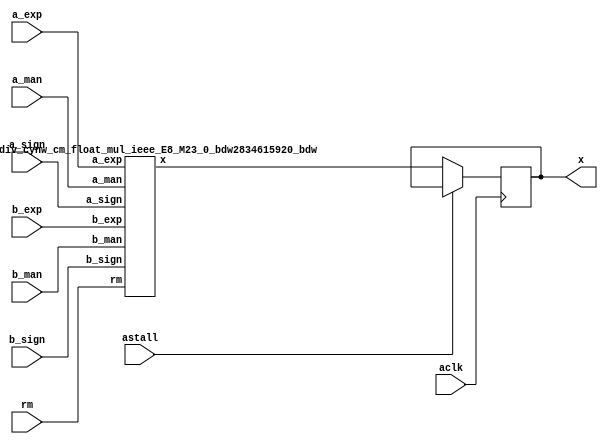
module float_div_cynw_cm_float_mul_ieee_E8_M23_1_0( a_sign, a_exp, a_man, b_sign, b_exp, b_man, rm, x, aclk, astall );
input a_sign;
input [7:0] a_exp;
input [22:0] a_man;
input b_sign;
input [7:0] b_exp;
input [22:0] b_man;
input [2:0] rm;
output [31:0] x;
wire[31:0] x_wire;
input aclk;
input astall;
float_div_cynw_cm_float_mul_ieee_E8_M23_0_bdw2834615920_bdw float_div_cynw_cm_float_mul_ieee_E8_M23_0_inst( .a_sign(a_sign), .a_exp(a_exp), .a_man(a_man), .b_sign(b_sign), .b_exp(b_exp), .b_man(b_man), .rm(rm), .x(x_wire));
reg [31:0] x_reg_0;
/* $A : movable_reg */
always @(posedge aclk) begin
    if ( !astall) x_reg_0 <= x_wire;
end
/* $A : movable_reg = reset */
assign x = x_reg_0;
endmodule
/*****************************************************************************
    Verilog Hierarchical RTL Description
    
    
    Created by: CellMath Designer 2019.1.01 
*******************************************************************************/

module float_div_cynw_cm_float_mul_ieee_E8_M23_0_bdw2834615920_bdw (
	a_sign,
	a_exp,
	a_man,
	b_sign,
	b_exp,
	b_man,
	rm,
	x
	); /* architecture "behavioural" */ 
input  a_sign;
input [7:0] a_exp;
input [22:0] a_man;
input  b_sign;
input [7:0] b_exp;
input [22:0] b_man;
input [2:0] rm;
output [31:0] x;
wire [31:0] inst_cellmath__3;
wire  inst_cellmath__4,
	inst_cellmath__5,
	inst_cellmath__6,
	inst_cellmath__7,
	inst_cellmath__8,
	inst_cellmath__10,
	inst_cellmath__12,
	inst_cellmath__13,
	inst_cellmath__14,
	inst_cellmath__15,
	inst_cellmath__17,
	inst_cellmath__19,
	inst_cellmath__20,
	inst_cellmath__21,
	inst_cellmath__22,
	inst_cellmath__23;
wire [47:0] inst_cellmath__24,
	inst_cellmath__25;
wire  inst_cellmath__26,
	inst_cellmath__27,
	inst_cellmath__28;
wire [9:0] inst_cellmath__30,
	inst_cellmath__31;
wire  inst_cellmath__32,
	inst_cellmath__34,
	inst_cellmath__38,
	inst_cellmath__41,
	inst_cellmath__42,
	inst_cellmath__44;
wire [24:0] inst_cellmath__45;
wire  inst_cellmath__46,
	inst_cellmath__47;
wire [9:0] inst_cellmath__48;
wire  inst_cellmath__49,
	inst_cellmath__51;
wire [7:0] inst_cellmath__52;
wire [22:0] inst_cellmath__53;
wire [23:0] inst_cellmath__24__4,
	inst_cellmath__24__5;
wire [47:0] inst_cellmath__25__7;
wire [0:0] inst_cellmath__26__8,
	inst_cellmath__26__9,
	inst_cellmath__32__11,
	inst_cellmath__44__29,
	inst_cellmath__44__28,
	inst_cellmath__44__30,
	inst_cellmath__44__31,
	inst_cellmath__44__27,
	inst_cellmath__44__26,
	inst_cellmath__44__33,
	inst_cellmath__44__32;
wire [8:0] inst_cellmath__37__40;
wire [0:0] inst_cellmath__37__42,
	inst_cellmath__37__43,
	inst_cellmath__51__49,
	inst_cellmath__51__48,
	inst_cellmath__50__50;
wire [2:0] inst_cellmath__26_0;
wire [1:0] inst_cellmath__5_0;
wire [2:0] inst_cellmath__49_0;
wire [4:0] inst_cellmath__49_1_0;
wire [2:0] inst_cellmath__49_1_1;

assign inst_cellmath__24__4 = {1'B1,a_man};
cynw_cm_float_mul_ieee_inst_cellmath__17_0_bdw2834615920_bdw inst_cellmath__17_0_0(
	.inst_cellmath__17_0_out0(inst_cellmath__17),
	.inst_cellmath__17_0_in0(b_exp)
	) ;
cynw_cm_float_mul_ieee_inst_cellmath__19__2__bdw2834615920_bdw inst_cellmath__19__2__0(
	.inst_cellmath__19__2__out0(inst_cellmath__19),
	.inst_cellmath__19__2__in0(b_man)
	) ;
cynw_cm_float_mul_ieee_inst_cellmath__21_0_bdw2834615920_bdw inst_cellmath__21_0_0(
	.inst_cellmath__21_0_out0(inst_cellmath__21),
	.inst_cellmath__21_0_in0(inst_cellmath__19),
	.inst_cellmath__21_0_in1(inst_cellmath__17)
	) ;
cynw_cm_float_mul_ieee_inst_cellmath__13__1__bdw2834615920_bdw inst_cellmath__13__1__0(
	.inst_cellmath__13__1__out0(inst_cellmath__13),
	.inst_cellmath__13__1__in0(a_exp)
	) ;
cynw_cm_float_mul_ieee_inst_cellmath__26__9__bdw2834615920_bdw inst_cellmath__26__9__0(
	.inst_cellmath__26__9__out0(inst_cellmath__26__9),
	.inst_cellmath__26__9__in0(inst_cellmath__21),
	.inst_cellmath__26__9__in1(inst_cellmath__13)
	) ;
cynw_cm_float_mul_ieee_inst_cellmath__10_0_bdw2834615920_bdw inst_cellmath__10_0_0(
	.inst_cellmath__10_0_out0(inst_cellmath__10),
	.inst_cellmath__10_0_in0(a_exp)
	) ;
cynw_cm_float_mul_ieee_inst_cellmath__12__0__bdw2834615920_bdw inst_cellmath__12__0__0(
	.inst_cellmath__12__0__out0(inst_cellmath__12),
	.inst_cellmath__12__0__in0(a_man)
	) ;
cynw_cm_float_mul_ieee_inst_cellmath__14_0_bdw2834615920_bdw inst_cellmath__14_0_0(
	.inst_cellmath__14_0_out0(inst_cellmath__14),
	.inst_cellmath__14_0_in0(inst_cellmath__12),
	.inst_cellmath__14_0_in1(inst_cellmath__10)
	) ;
cynw_cm_float_mul_ieee_inst_cellmath__20__3__bdw2834615920_bdw inst_cellmath__20__3__0(
	.inst_cellmath__20__3__out0(inst_cellmath__20),
	.inst_cellmath__20__3__in0(b_exp)
	) ;
cynw_cm_float_mul_ieee_inst_cellmath__26__8__bdw2834615920_bdw inst_cellmath__26__8__0(
	.inst_cellmath__26__8__out0(inst_cellmath__26__8),
	.inst_cellmath__26__8__in0(inst_cellmath__20),
	.inst_cellmath__26__8__in1(inst_cellmath__14)
	) ;
cynw_cm_float_mul_ieee_inst_cellmath__15_0_bdw2834615920_bdw inst_cellmath__15_0_0(
	.inst_cellmath__15_0_out0(inst_cellmath__15),
	.inst_cellmath__15_0_in0(inst_cellmath__12),
	.inst_cellmath__15_0_in1(inst_cellmath__10)
	) ;
cynw_cm_float_mul_ieee_inst_cellmath__22_0_bdw2834615920_bdw inst_cellmath__22_0_0(
	.inst_cellmath__22_0_out0(inst_cellmath__22),
	.inst_cellmath__22_0_in0(inst_cellmath__19),
	.inst_cellmath__22_0_in1(inst_cellmath__17)
	) ;
cynw_cm_float_mul_ieee_inst_cellmath__26_1_bdw2834615920_bdw inst_cellmath__26_1_0(
	.inst_cellmath__26_1_out0(inst_cellmath__26),
	.inst_cellmath__26_1_in0(inst_cellmath__26__9),
	.inst_cellmath__26_1_in1(inst_cellmath__26__8),
	.inst_cellmath__26_1_in2(inst_cellmath__22),
	.inst_cellmath__26_1_in3(inst_cellmath__15)
	) ;

assign inst_cellmath__26_0 = {inst_cellmath__26,inst_cellmath__15,inst_cellmath__22};
cynw_cm_float_mul_ieee_inst_cellmath__23_0_bdw2834615920_bdw inst_cellmath__23_0_0(
	.inst_cellmath__23_0_out0(inst_cellmath__23),
	.inst_cellmath__23_0_in0(b_sign),
	.inst_cellmath__23_0_in1(a_sign)
	) ;
cynw_cm_float_mul_ieee_inst_cellmath__41_0_bdw2834615920_bdw inst_cellmath__41_0_0(
	.inst_cellmath__41_0_out0(inst_cellmath__41),
	.inst_cellmath__41_0_in0(inst_cellmath__26),
	.inst_cellmath__41_0_in1(inst_cellmath__23),
	.inst_cellmath__41_0_in2(inst_cellmath__22),
	.inst_cellmath__41_0_in3(inst_cellmath__15),
	.inst_cellmath__41_0_in4(b_sign),
	.inst_cellmath__41_0_in5(a_sign)
	) ;

assign inst_cellmath__24__5 = {1'B1,b_man};
cynw_cm_float_mul_ieee_inst_cellmath__24_0_bdw2834615920_bdw inst_cellmath__24_0_0(
	.inst_cellmath__24_0_out0(inst_cellmath__24),
	.inst_cellmath__24_0_in0(b_man),
	.inst_cellmath__24_0_in1(a_man)
	) ;

assign inst_cellmath__25__7 = {inst_cellmath__24[46:0],1'B0};
cynw_cm_float_mul_ieee_inst_cellmath__25_0_bdw2834615920_bdw inst_cellmath__25_0_0(
	.inst_cellmath__25_0_out0(inst_cellmath__25),
	.inst_cellmath__25_0_in0(inst_cellmath__24)
	) ;
cynw_cm_float_mul_ieee_inst_cellmath__45_0_bdw2834615920_bdw inst_cellmath__45_0_0(
	.inst_cellmath__45_0_out0(inst_cellmath__45),
	.inst_cellmath__45_0_in0(inst_cellmath__25[47:24])
	) ;
cynw_cm_float_mul_ieee_inst_cellmath__5_1_bdw2834615920_bdw inst_cellmath__5_1_0(
	.inst_cellmath__5_1_out0(inst_cellmath__5),
	.inst_cellmath__5_1_in0(rm)
	) ;
cynw_cm_float_mul_ieee_inst_cellmath__44__31__bdw2834615920_bdw inst_cellmath__44__31__0(
	.inst_cellmath__44__31__out0(inst_cellmath__44__31),
	.inst_cellmath__44__31__in0(inst_cellmath__5),
	.inst_cellmath__44__31__in1(inst_cellmath__23)
	) ;
cynw_cm_float_mul_ieee_inst_cellmath__6_0_bdw2834615920_bdw inst_cellmath__6_0_0(
	.inst_cellmath__6_0_out0(inst_cellmath__6),
	.inst_cellmath__6_0_in0(rm)
	) ;
cynw_cm_float_mul_ieee_inst_cellmath__44__30__bdw2834615920_bdw inst_cellmath__44__30__0(
	.inst_cellmath__44__30__out0(inst_cellmath__44__30),
	.inst_cellmath__44__30__in0(inst_cellmath__6),
	.inst_cellmath__44__30__in1(inst_cellmath__23)
	) ;
cynw_cm_float_mul_ieee_inst_cellmath__8_0_bdw2834615920_bdw inst_cellmath__8_0_0(
	.inst_cellmath__8_0_out0(inst_cellmath__8),
	.inst_cellmath__8_0_in0(rm)
	) ;
cynw_cm_float_mul_ieee_inst_cellmath__4_0_bdw2834615920_bdw inst_cellmath__4_0_0(
	.inst_cellmath__4_0_out0(inst_cellmath__4),
	.inst_cellmath__4_0_in0(rm)
	) ;
cynw_cm_float_mul_ieee_inst_cellmath__34_0_bdw2834615920_bdw inst_cellmath__34_0_0(
	.inst_cellmath__34_0_out0(inst_cellmath__34),
	.inst_cellmath__34_0_in0(inst_cellmath__25[22:0])
	) ;
cynw_cm_float_mul_ieee_inst_cellmath__44__29__bdw2834615920_bdw inst_cellmath__44__29__0(
	.inst_cellmath__44__29__out0(inst_cellmath__44__29),
	.inst_cellmath__44__29__in0(inst_cellmath__34),
	.inst_cellmath__44__29__in1(inst_cellmath__25[24])
	) ;
cynw_cm_float_mul_ieee_inst_cellmath__44__28__bdw2834615920_bdw inst_cellmath__44__28__0(
	.inst_cellmath__44__28__out0(inst_cellmath__44__28),
	.inst_cellmath__44__28__in0(inst_cellmath__44__29),
	.inst_cellmath__44__28__in1(inst_cellmath__4)
	) ;
cynw_cm_float_mul_ieee_inst_cellmath__44__27__bdw2834615920_bdw inst_cellmath__44__27__0(
	.inst_cellmath__44__27__out0(inst_cellmath__44__27),
	.inst_cellmath__44__27__in0(inst_cellmath__8),
	.inst_cellmath__44__27__in1(inst_cellmath__44__31),
	.inst_cellmath__44__27__in2(inst_cellmath__44__30),
	.inst_cellmath__44__27__in3(inst_cellmath__44__28)
	) ;
cynw_cm_float_mul_ieee_inst_cellmath__44__26__bdw2834615920_bdw inst_cellmath__44__26__0(
	.inst_cellmath__44__26__out0(inst_cellmath__44__26),
	.inst_cellmath__44__26__in0(inst_cellmath__44__27),
	.inst_cellmath__44__26__in1(inst_cellmath__25[23])
	) ;
cynw_cm_float_mul_ieee_inst_cellmath__44__33__bdw2834615920_bdw inst_cellmath__44__33__0(
	.inst_cellmath__44__33__out0(inst_cellmath__44__33),
	.inst_cellmath__44__33__in0(inst_cellmath__44__31),
	.inst_cellmath__44__33__in1(inst_cellmath__44__30)
	) ;
cynw_cm_float_mul_ieee_inst_cellmath__44__32__bdw2834615920_bdw inst_cellmath__44__32__0(
	.inst_cellmath__44__32__out0(inst_cellmath__44__32),
	.inst_cellmath__44__32__in0(inst_cellmath__44__33),
	.inst_cellmath__44__32__in1(inst_cellmath__34)
	) ;
cynw_cm_float_mul_ieee_inst_cellmath__44_0_bdw2834615920_bdw inst_cellmath__44_0_0(
	.inst_cellmath__44_0_out0(inst_cellmath__44),
	.inst_cellmath__44_0_in0(inst_cellmath__44__32),
	.inst_cellmath__44_0_in1(inst_cellmath__44__26)
	) ;
cynw_cm_float_mul_ieee_inst_cellmath__46_0_bdw2834615920_bdw inst_cellmath__46_0_0(
	.inst_cellmath__46_0_out0(inst_cellmath__46),
	.inst_cellmath__46_0_in0(inst_cellmath__45[24]),
	.inst_cellmath__46_0_in1(inst_cellmath__44)
	) ;
cynw_cm_float_mul_ieee_inst_cellmath__38_0_bdw2834615920_bdw inst_cellmath__38_0_0(
	.inst_cellmath__38_0_out0(inst_cellmath__38),
	.inst_cellmath__38_0_in0(inst_cellmath__46),
	.inst_cellmath__38_0_in1(inst_cellmath__24[47])
	) ;
cynw_cm_float_mul_ieee_inst_cellmath__30_0_bdw2834615920_bdw inst_cellmath__30_0_0(
	.inst_cellmath__30_0_out0(inst_cellmath__30),
	.inst_cellmath__30_0_in0(b_exp),
	.inst_cellmath__30_0_in1(a_exp)
	) ;
cynw_cm_float_mul_ieee_inst_cellmath__31_0_bdw2834615920_bdw inst_cellmath__31_0_0(
	.inst_cellmath__31_0_out0(inst_cellmath__31),
	.inst_cellmath__31_0_in0(inst_cellmath__30)
	) ;
cynw_cm_float_mul_ieee_inst_cellmath__48_0_bdw2834615920_bdw inst_cellmath__48_0_0(
	.inst_cellmath__48_0_out0(inst_cellmath__48),
	.inst_cellmath__48_0_in0(inst_cellmath__38),
	.inst_cellmath__48_0_in1(inst_cellmath__31),
	.inst_cellmath__48_0_in2(inst_cellmath__30)
	) ;
cynw_cm_float_mul_ieee_inst_cellmath__51__49__bdw2834615920_bdw inst_cellmath__51__49__0(
	.inst_cellmath__51__49__out0(inst_cellmath__51__49),
	.inst_cellmath__51__49__in0(inst_cellmath__48[7:0])
	) ;
cynw_cm_float_mul_ieee_inst_cellmath__51__48__bdw2834615920_bdw inst_cellmath__51__48__0(
	.inst_cellmath__51__48__out0(inst_cellmath__51__48),
	.inst_cellmath__51__48__in0(inst_cellmath__51__49),
	.inst_cellmath__51__48__in1(inst_cellmath__48[8])
	) ;
cynw_cm_float_mul_ieee_inst_cellmath__51_0_bdw2834615920_bdw inst_cellmath__51_0_0(
	.inst_cellmath__51_0_out0(inst_cellmath__51),
	.inst_cellmath__51_0_in0(inst_cellmath__51__48),
	.inst_cellmath__51_0_in1(inst_cellmath__48[9])
	) ;
cynw_cm_float_mul_ieee_inst_cellmath__28_0_bdw2834615920_bdw inst_cellmath__28_0_0(
	.inst_cellmath__28_0_out0(inst_cellmath__28),
	.inst_cellmath__28_0_in0(inst_cellmath__20),
	.inst_cellmath__28_0_in1(inst_cellmath__13)
	) ;
cynw_cm_float_mul_ieee_inst_cellmath__27_0_bdw2834615920_bdw inst_cellmath__27_0_0(
	.inst_cellmath__27_0_out0(inst_cellmath__27),
	.inst_cellmath__27_0_in0(inst_cellmath__21),
	.inst_cellmath__27_0_in1(inst_cellmath__14)
	) ;
cynw_cm_float_mul_ieee_inst_cellmath__50__50__bdw2834615920_bdw inst_cellmath__50__50__0(
	.inst_cellmath__50__50__out0(inst_cellmath__50__50),
	.inst_cellmath__50__50__in0(inst_cellmath__48)
	) ;
cynw_cm_float_mul_ieee_inst_cellmath__49_1_bdw2834615920_bdw inst_cellmath__49_1_2(
	.inst_cellmath__49_1_out0(inst_cellmath__49),
	.inst_cellmath__49_1_in0(inst_cellmath__51),
	.inst_cellmath__49_1_in1(inst_cellmath__50__50),
	.inst_cellmath__49_1_in2(inst_cellmath__48[9]),
	.inst_cellmath__49_1_in3(inst_cellmath__28),
	.inst_cellmath__49_1_in4(inst_cellmath__27),
	.inst_cellmath__49_1_in5(inst_cellmath__26)
	) ;
cynw_cm_float_mul_ieee_inst_cellmath__37__43__bdw2834615920_bdw inst_cellmath__37__43__0(
	.inst_cellmath__37__43__out0(inst_cellmath__37__43),
	.inst_cellmath__37__43__in0(inst_cellmath__27),
	.inst_cellmath__37__43__in1(inst_cellmath__26)
	) ;
cynw_cm_float_mul_ieee_inst_cellmath__32__11__bdw2834615920_bdw inst_cellmath__32__11__0(
	.inst_cellmath__32__11__out0(inst_cellmath__32__11),
	.inst_cellmath__32__11__in0(inst_cellmath__30[8:7])
	) ;
cynw_cm_float_mul_ieee_inst_cellmath__32__10__bdw2834615920_bdw inst_cellmath__32__10__0(
	.inst_cellmath__32__10__out0(inst_cellmath__32),
	.inst_cellmath__32__10__in0(inst_cellmath__32__11),
	.inst_cellmath__32__10__in1(inst_cellmath__30[9])
	) ;
cynw_cm_float_mul_ieee_inst_cellmath__37__42__bdw2834615920_bdw inst_cellmath__37__42__0(
	.inst_cellmath__37__42__out0(inst_cellmath__37__42),
	.inst_cellmath__37__42__in0(inst_cellmath__32),
	.inst_cellmath__37__42__in1(inst_cellmath__28)
	) ;

assign inst_cellmath__49_0 = {inst_cellmath__49,inst_cellmath__37__43,inst_cellmath__37__42};

assign inst_cellmath__5_0 = {inst_cellmath__5,inst_cellmath__6};
cynw_cm_float_mul_ieee_inst_cellmath__7_0_bdw2834615920_bdw inst_cellmath__7_0_0(
	.inst_cellmath__7_0_out0(inst_cellmath__7),
	.inst_cellmath__7_0_in0(rm)
	) ;
cynw_cm_float_mul_ieee_inst_cellmath__42_0_bdw2834615920_bdw inst_cellmath__42_0_0(
	.inst_cellmath__42_0_out0(inst_cellmath__42),
	.inst_cellmath__42_0_in0(inst_cellmath__7),
	.inst_cellmath__42_0_in1(inst_cellmath__6),
	.inst_cellmath__42_0_in2(inst_cellmath__5),
	.inst_cellmath__42_0_in3(inst_cellmath__23)
	) ;

assign inst_cellmath__37__40[7:0] = {7'B1111111,inst_cellmath__42};
cynw_cm_float_mul_ieee_inst_cellmath__52_0_bdw2834615920_bdw inst_cellmath__52_0_0(
	.inst_cellmath__52_0_out0(inst_cellmath__52),
	.inst_cellmath__52_0_in0(inst_cellmath__49),
	.inst_cellmath__52_0_in1(inst_cellmath__48[7:0]),
	.inst_cellmath__52_0_in2(inst_cellmath__42),
	.inst_cellmath__52_0_in3(inst_cellmath__37__43),
	.inst_cellmath__52_0_in4(inst_cellmath__37__42)
	) ;

assign inst_cellmath__49_1_1 = {inst_cellmath__49,inst_cellmath__44,inst_cellmath__26};
cynw_cm_float_mul_ieee_inst_cellmath__47_0_bdw2834615920_bdw inst_cellmath__47_0_0(
	.inst_cellmath__47_0_out0(inst_cellmath__47),
	.inst_cellmath__47_0_in0(inst_cellmath__42),
	.inst_cellmath__47_0_in1(inst_cellmath__32),
	.inst_cellmath__47_0_in2(inst_cellmath__28),
	.inst_cellmath__47_0_in3(inst_cellmath__27),
	.inst_cellmath__47_0_in4(inst_cellmath__26)
	) ;
cynw_cm_float_mul_ieee_inst_cellmath__53_U_bdw2834615920_bdw inst_cellmath__53_U_0(
	.inst_cellmath__53_U_out0(inst_cellmath__53[22]),
	.inst_cellmath__53_U_in0(inst_cellmath__49),
	.inst_cellmath__53_U_in1(inst_cellmath__47),
	.inst_cellmath__53_U_in2(inst_cellmath__45[22]),
	.inst_cellmath__53_U_in3(inst_cellmath__44),
	.inst_cellmath__53_U_in4(inst_cellmath__26),
	.inst_cellmath__53_U_in5(inst_cellmath__25[46])
	) ;

assign inst_cellmath__49_1_0 = {inst_cellmath__49,inst_cellmath__44,inst_cellmath__26,inst_cellmath__15,inst_cellmath__22};
cynw_cm_float_mul_ieee_inst_cellmath__53_M_bdw2834615920_bdw inst_cellmath__53_M_0(
	.inst_cellmath__53_M_out0(inst_cellmath__53[21:0]),
	.inst_cellmath__53_M_in0(inst_cellmath__49),
	.inst_cellmath__53_M_in1(inst_cellmath__47),
	.inst_cellmath__53_M_in2(inst_cellmath__45[21:0]),
	.inst_cellmath__53_M_in3(inst_cellmath__44),
	.inst_cellmath__53_M_in4(inst_cellmath__26),
	.inst_cellmath__53_M_in5(inst_cellmath__25[45:24]),
	.inst_cellmath__53_M_in6(inst_cellmath__22),
	.inst_cellmath__53_M_in7(inst_cellmath__15),
	.inst_cellmath__53_M_in8(b_man[21:0]),
	.inst_cellmath__53_M_in9(a_man[21:0])
	) ;

assign inst_cellmath__3 = {inst_cellmath__41,inst_cellmath__52,inst_cellmath__53};

assign x = inst_cellmath__3;
endmodule

module cynw_cm_float_mul_ieee_inst_cellmath__17_0_bdw2834615920_bdw (
	inst_cellmath__17_0_out0,
	inst_cellmath__17_0_in0
	); /* architecture "behavioural" */ 
output  inst_cellmath__17_0_out0;
input [7:0] inst_cellmath__17_0_in0;

assign inst_cellmath__17_0_out0 = 
	(inst_cellmath__17_0_in0[0])
	&(inst_cellmath__17_0_in0[1])
	&(inst_cellmath__17_0_in0[2])
	&(inst_cellmath__17_0_in0[3])
	&(inst_cellmath__17_0_in0[4])
	&(inst_cellmath__17_0_in0[5])
	&(inst_cellmath__17_0_in0[6])
	&(inst_cellmath__17_0_in0[7]);
endmodule

module cynw_cm_float_mul_ieee_inst_cellmath__19__2__bdw2834615920_bdw (
	inst_cellmath__19__2__out0,
	inst_cellmath__19__2__in0
	); /* architecture "behavioural" */ 
output  inst_cellmath__19__2__out0;
input [22:0] inst_cellmath__19__2__in0;

assign inst_cellmath__19__2__out0 = ~(
	(inst_cellmath__19__2__in0[0])
	|(inst_cellmath__19__2__in0[1])
	|(inst_cellmath__19__2__in0[2])
	|(inst_cellmath__19__2__in0[3])
	|(inst_cellmath__19__2__in0[4])
	|(inst_cellmath__19__2__in0[5])
	|(inst_cellmath__19__2__in0[6])
	|(inst_cellmath__19__2__in0[7])
	|(inst_cellmath__19__2__in0[8])
	|(inst_cellmath__19__2__in0[9])
	|(inst_cellmath__19__2__in0[10])
	|(inst_cellmath__19__2__in0[11])
	|(inst_cellmath__19__2__in0[12])
	|(inst_cellmath__19__2__in0[13])
	|(inst_cellmath__19__2__in0[14])
	|(inst_cellmath__19__2__in0[15])
	|(inst_cellmath__19__2__in0[16])
	|(inst_cellmath__19__2__in0[17])
	|(inst_cellmath__19__2__in0[18])
	|(inst_cellmath__19__2__in0[19])
	|(inst_cellmath__19__2__in0[20])
	|(inst_cellmath__19__2__in0[21])
	|(inst_cellmath__19__2__in0[22]));
endmodule

module cynw_cm_float_mul_ieee_inst_cellmath__21_0_bdw2834615920_bdw (
	inst_cellmath__21_0_out0,
	inst_cellmath__21_0_in0,
	inst_cellmath__21_0_in1
	); /* architecture "behavioural" */ 
output  inst_cellmath__21_0_out0;
input  inst_cellmath__21_0_in0,
	inst_cellmath__21_0_in1;

assign inst_cellmath__21_0_out0 = 
	(inst_cellmath__21_0_in1)
	&(inst_cellmath__21_0_in0);
endmodule

module cynw_cm_float_mul_ieee_inst_cellmath__13__1__bdw2834615920_bdw (
	inst_cellmath__13__1__out0,
	inst_cellmath__13__1__in0
	); /* architecture "behavioural" */ 
output  inst_cellmath__13__1__out0;
input [7:0] inst_cellmath__13__1__in0;

assign inst_cellmath__13__1__out0 = ~(
	(inst_cellmath__13__1__in0[0])
	|(inst_cellmath__13__1__in0[1])
	|(inst_cellmath__13__1__in0[2])
	|(inst_cellmath__13__1__in0[3])
	|(inst_cellmath__13__1__in0[4])
	|(inst_cellmath__13__1__in0[5])
	|(inst_cellmath__13__1__in0[6])
	|(inst_cellmath__13__1__in0[7]));
endmodule

module cynw_cm_float_mul_ieee_inst_cellmath__26__9__bdw2834615920_bdw (
	inst_cellmath__26__9__out0,
	inst_cellmath__26__9__in0,
	inst_cellmath__26__9__in1
	); /* architecture "behavioural" */ 
output [0:0] inst_cellmath__26__9__out0;
input  inst_cellmath__26__9__in0,
	inst_cellmath__26__9__in1;

assign inst_cellmath__26__9__out0 = 
	(inst_cellmath__26__9__in0)
	&(inst_cellmath__26__9__in1);
endmodule

module cynw_cm_float_mul_ieee_inst_cellmath__10_0_bdw2834615920_bdw (
	inst_cellmath__10_0_out0,
	inst_cellmath__10_0_in0
	); /* architecture "behavioural" */ 
output  inst_cellmath__10_0_out0;
input [7:0] inst_cellmath__10_0_in0;

assign inst_cellmath__10_0_out0 = 
	(inst_cellmath__10_0_in0[0])
	&(inst_cellmath__10_0_in0[1])
	&(inst_cellmath__10_0_in0[2])
	&(inst_cellmath__10_0_in0[3])
	&(inst_cellmath__10_0_in0[4])
	&(inst_cellmath__10_0_in0[5])
	&(inst_cellmath__10_0_in0[6])
	&(inst_cellmath__10_0_in0[7]);
endmodule

module cynw_cm_float_mul_ieee_inst_cellmath__12__0__bdw2834615920_bdw (
	inst_cellmath__12__0__out0,
	inst_cellmath__12__0__in0
	); /* architecture "behavioural" */ 
output  inst_cellmath__12__0__out0;
input [22:0] inst_cellmath__12__0__in0;

assign inst_cellmath__12__0__out0 = ~(
	(inst_cellmath__12__0__in0[0])
	|(inst_cellmath__12__0__in0[1])
	|(inst_cellmath__12__0__in0[2])
	|(inst_cellmath__12__0__in0[3])
	|(inst_cellmath__12__0__in0[4])
	|(inst_cellmath__12__0__in0[5])
	|(inst_cellmath__12__0__in0[6])
	|(inst_cellmath__12__0__in0[7])
	|(inst_cellmath__12__0__in0[8])
	|(inst_cellmath__12__0__in0[9])
	|(inst_cellmath__12__0__in0[10])
	|(inst_cellmath__12__0__in0[11])
	|(inst_cellmath__12__0__in0[12])
	|(inst_cellmath__12__0__in0[13])
	|(inst_cellmath__12__0__in0[14])
	|(inst_cellmath__12__0__in0[15])
	|(inst_cellmath__12__0__in0[16])
	|(inst_cellmath__12__0__in0[17])
	|(inst_cellmath__12__0__in0[18])
	|(inst_cellmath__12__0__in0[19])
	|(inst_cellmath__12__0__in0[20])
	|(inst_cellmath__12__0__in0[21])
	|(inst_cellmath__12__0__in0[22]));
endmodule

module cynw_cm_float_mul_ieee_inst_cellmath__14_0_bdw2834615920_bdw (
	inst_cellmath__14_0_out0,
	inst_cellmath__14_0_in0,
	inst_cellmath__14_0_in1
	); /* architecture "behavioural" */ 
output  inst_cellmath__14_0_out0;
input  inst_cellmath__14_0_in0,
	inst_cellmath__14_0_in1;

assign inst_cellmath__14_0_out0 = 
	(inst_cellmath__14_0_in1)
	&(inst_cellmath__14_0_in0);
endmodule

module cynw_cm_float_mul_ieee_inst_cellmath__20__3__bdw2834615920_bdw (
	inst_cellmath__20__3__out0,
	inst_cellmath__20__3__in0
	); /* architecture "behavioural" */ 
output  inst_cellmath__20__3__out0;
input [7:0] inst_cellmath__20__3__in0;

assign inst_cellmath__20__3__out0 = ~(
	(inst_cellmath__20__3__in0[0])
	|(inst_cellmath__20__3__in0[1])
	|(inst_cellmath__20__3__in0[2])
	|(inst_cellmath__20__3__in0[3])
	|(inst_cellmath__20__3__in0[4])
	|(inst_cellmath__20__3__in0[5])
	|(inst_cellmath__20__3__in0[6])
	|(inst_cellmath__20__3__in0[7]));
endmodule

module cynw_cm_float_mul_ieee_inst_cellmath__26__8__bdw2834615920_bdw (
	inst_cellmath__26__8__out0,
	inst_cellmath__26__8__in0,
	inst_cellmath__26__8__in1
	); /* architecture "behavioural" */ 
output [0:0] inst_cellmath__26__8__out0;
input  inst_cellmath__26__8__in0,
	inst_cellmath__26__8__in1;

assign inst_cellmath__26__8__out0 = 
	(inst_cellmath__26__8__in1)
	&(inst_cellmath__26__8__in0);
endmodule

module cynw_cm_float_mul_ieee_inst_cellmath__15_0_bdw2834615920_bdw (
	inst_cellmath__15_0_out0,
	inst_cellmath__15_0_in0,
	inst_cellmath__15_0_in1
	); /* architecture "behavioural" */ 
output  inst_cellmath__15_0_out0;
input  inst_cellmath__15_0_in0,
	inst_cellmath__15_0_in1;

assign inst_cellmath__15_0_out0 = 
	(inst_cellmath__15_0_in1)
	&((~inst_cellmath__15_0_in0));
endmodule

module cynw_cm_float_mul_ieee_inst_cellmath__22_0_bdw2834615920_bdw (
	inst_cellmath__22_0_out0,
	inst_cellmath__22_0_in0,
	inst_cellmath__22_0_in1
	); /* architecture "behavioural" */ 
output  inst_cellmath__22_0_out0;
input  inst_cellmath__22_0_in0,
	inst_cellmath__22_0_in1;

assign inst_cellmath__22_0_out0 = 
	(inst_cellmath__22_0_in1)
	&((~inst_cellmath__22_0_in0));
endmodule

module cynw_cm_float_mul_ieee_inst_cellmath__26_1_bdw2834615920_bdw (
	inst_cellmath__26_1_out0,
	inst_cellmath__26_1_in0,
	inst_cellmath__26_1_in1,
	inst_cellmath__26_1_in2,
	inst_cellmath__26_1_in3
	); /* architecture "behavioural" */ 
output  inst_cellmath__26_1_out0;
input [0:0] inst_cellmath__26_1_in0,
	inst_cellmath__26_1_in1;
input  inst_cellmath__26_1_in2,
	inst_cellmath__26_1_in3;

assign inst_cellmath__26_1_out0 = 
	(inst_cellmath__26_1_in0)
	|(inst_cellmath__26_1_in1)
	|(inst_cellmath__26_1_in3)
	|(inst_cellmath__26_1_in2);
endmodule

module cynw_cm_float_mul_ieee_inst_cellmath__23_0_bdw2834615920_bdw (
	inst_cellmath__23_0_out0,
	inst_cellmath__23_0_in0,
	inst_cellmath__23_0_in1
	); /* architecture "behavioural" */ 
output  inst_cellmath__23_0_out0;
input  inst_cellmath__23_0_in0,
	inst_cellmath__23_0_in1;

assign inst_cellmath__23_0_out0 = 
	(inst_cellmath__23_0_in1)
	^(inst_cellmath__23_0_in0);
endmodule

module cynw_cm_float_mul_ieee_inst_cellmath__41_0_bdw2834615920_bdw (
	inst_cellmath__41_0_out0,
	inst_cellmath__41_0_in0,
	inst_cellmath__41_0_in1,
	inst_cellmath__41_0_in2,
	inst_cellmath__41_0_in3,
	inst_cellmath__41_0_in4,
	inst_cellmath__41_0_in5
	); /* architecture "behavioural" */ 
output  inst_cellmath__41_0_out0;
input  inst_cellmath__41_0_in0,
	inst_cellmath__41_0_in1,
	inst_cellmath__41_0_in2,
	inst_cellmath__41_0_in3,
	inst_cellmath__41_0_in4,
	inst_cellmath__41_0_in5;
wire [2:0] inst_cellmath__26_0;

assign inst_cellmath__26_0 = {inst_cellmath__41_0_in0,inst_cellmath__41_0_in3,inst_cellmath__41_0_in2};

reg [0:0] inst_cellmath__41_0_out0_tmp_0;
assign inst_cellmath__41_0_out0 = inst_cellmath__41_0_out0_tmp_0;
always @ (inst_cellmath__26_0 or inst_cellmath__41_0_in1 or inst_cellmath__41_0_in4 or inst_cellmath__41_0_in5) begin
	casez (inst_cellmath__26_0)
		3'B0?? : inst_cellmath__41_0_out0_tmp_0 = inst_cellmath__41_0_in1 ;
		3'B100 : inst_cellmath__41_0_out0_tmp_0 = 1'B1 ;
		3'B101 : inst_cellmath__41_0_out0_tmp_0 = inst_cellmath__41_0_in4 ;
		default : inst_cellmath__41_0_out0_tmp_0 = inst_cellmath__41_0_in5 ;
	endcase
end
endmodule

module cynw_cm_float_mul_ieee_inst_cellmath__24_0_bdw2834615920_bdw (
	inst_cellmath__24_0_out0,
	inst_cellmath__24_0_in0,
	inst_cellmath__24_0_in1
	); /* architecture "behavioural" */ 
output [47:0] inst_cellmath__24_0_out0;
input [22:0] inst_cellmath__24_0_in0,
	inst_cellmath__24_0_in1;
wire [23:0] inst_cellmath__24__4,
	inst_cellmath__24__5;

assign inst_cellmath__24__4 = {1'B1,inst_cellmath__24_0_in1};

assign inst_cellmath__24__5 = {1'B1,inst_cellmath__24_0_in0};

assign inst_cellmath__24_0_out0 = 
	+(inst_cellmath__24__4 * inst_cellmath__24__5);
endmodule

module cynw_cm_float_mul_ieee_inst_cellmath__25_0_bdw2834615920_bdw (
	inst_cellmath__25_0_out0,
	inst_cellmath__25_0_in0
	); /* architecture "behavioural" */ 
output [47:0] inst_cellmath__25_0_out0;
input [47:0] inst_cellmath__25_0_in0;
wire [47:0] inst_cellmath__25__7;

assign inst_cellmath__25__7 = {inst_cellmath__25_0_in0[46:0],1'B0};

reg [47:0] inst_cellmath__25_0_out0_tmp_0;
assign inst_cellmath__25_0_out0 = inst_cellmath__25_0_out0_tmp_0;
always @ (inst_cellmath__25_0_in0[47] or inst_cellmath__25__7 or inst_cellmath__25_0_in0) begin
	case (inst_cellmath__25_0_in0[47])
		1'B0 : inst_cellmath__25_0_out0_tmp_0 = inst_cellmath__25__7 ;
		default : inst_cellmath__25_0_out0_tmp_0 = inst_cellmath__25_0_in0 ;
	endcase
end
endmodule

module cynw_cm_float_mul_ieee_inst_cellmath__45_0_bdw2834615920_bdw (
	inst_cellmath__45_0_out0,
	inst_cellmath__45_0_in0
	); /* architecture "behavioural" */ 
output [24:0] inst_cellmath__45_0_out0;
input [47:24] inst_cellmath__45_0_in0;

assign inst_cellmath__45_0_out0 = 
	+(inst_cellmath__45_0_in0)
	+(25'B0000000000000000000000001);
endmodule

module cynw_cm_float_mul_ieee_inst_cellmath__5_1_bdw2834615920_bdw (
	inst_cellmath__5_1_out0,
	inst_cellmath__5_1_in0
	); /* architecture "behavioural" */ 
output  inst_cellmath__5_1_out0;
input [2:0] inst_cellmath__5_1_in0;

assign inst_cellmath__5_1_out0 = (6'B000000==(inst_cellmath__5_1_in0 - 6'B000001));
endmodule

module cynw_cm_float_mul_ieee_inst_cellmath__44__31__bdw2834615920_bdw (
	inst_cellmath__44__31__out0,
	inst_cellmath__44__31__in0,
	inst_cellmath__44__31__in1
	); /* architecture "behavioural" */ 
output [0:0] inst_cellmath__44__31__out0;
input  inst_cellmath__44__31__in0,
	inst_cellmath__44__31__in1;

assign inst_cellmath__44__31__out0 = 
	(inst_cellmath__44__31__in0)
	&((~inst_cellmath__44__31__in1));
endmodule

module cynw_cm_float_mul_ieee_inst_cellmath__6_0_bdw2834615920_bdw (
	inst_cellmath__6_0_out0,
	inst_cellmath__6_0_in0
	); /* architecture "behavioural" */ 
output  inst_cellmath__6_0_out0;
input [2:0] inst_cellmath__6_0_in0;

assign inst_cellmath__6_0_out0 = (7'B0000001==(inst_cellmath__6_0_in0 - 7'B0000001));
endmodule

module cynw_cm_float_mul_ieee_inst_cellmath__44__30__bdw2834615920_bdw (
	inst_cellmath__44__30__out0,
	inst_cellmath__44__30__in0,
	inst_cellmath__44__30__in1
	); /* architecture "behavioural" */ 
output [0:0] inst_cellmath__44__30__out0;
input  inst_cellmath__44__30__in0,
	inst_cellmath__44__30__in1;

assign inst_cellmath__44__30__out0 = 
	(inst_cellmath__44__30__in0)
	&(inst_cellmath__44__30__in1);
endmodule

module cynw_cm_float_mul_ieee_inst_cellmath__8_0_bdw2834615920_bdw (
	inst_cellmath__8_0_out0,
	inst_cellmath__8_0_in0
	); /* architecture "behavioural" */ 
output  inst_cellmath__8_0_out0;
input [2:0] inst_cellmath__8_0_in0;

assign inst_cellmath__8_0_out0 = (7'B0000011==(inst_cellmath__8_0_in0 - 7'B0000001));
endmodule

module cynw_cm_float_mul_ieee_inst_cellmath__4_0_bdw2834615920_bdw (
	inst_cellmath__4_0_out0,
	inst_cellmath__4_0_in0
	); /* architecture "behavioural" */ 
output  inst_cellmath__4_0_out0;
input [2:0] inst_cellmath__4_0_in0;

assign inst_cellmath__4_0_out0 = (7'B0000000==inst_cellmath__4_0_in0);
endmodule

module cynw_cm_float_mul_ieee_inst_cellmath__34_0_bdw2834615920_bdw (
	inst_cellmath__34_0_out0,
	inst_cellmath__34_0_in0
	); /* architecture "behavioural" */ 
output  inst_cellmath__34_0_out0;
input [22:0] inst_cellmath__34_0_in0;

assign inst_cellmath__34_0_out0 = 
	(inst_cellmath__34_0_in0[0])
	|(inst_cellmath__34_0_in0[1])
	|(inst_cellmath__34_0_in0[2])
	|(inst_cellmath__34_0_in0[3])
	|(inst_cellmath__34_0_in0[4])
	|(inst_cellmath__34_0_in0[5])
	|(inst_cellmath__34_0_in0[6])
	|(inst_cellmath__34_0_in0[7])
	|(inst_cellmath__34_0_in0[8])
	|(inst_cellmath__34_0_in0[9])
	|(inst_cellmath__34_0_in0[10])
	|(inst_cellmath__34_0_in0[11])
	|(inst_cellmath__34_0_in0[12])
	|(inst_cellmath__34_0_in0[13])
	|(inst_cellmath__34_0_in0[14])
	|(inst_cellmath__34_0_in0[15])
	|(inst_cellmath__34_0_in0[16])
	|(inst_cellmath__34_0_in0[17])
	|(inst_cellmath__34_0_in0[18])
	|(inst_cellmath__34_0_in0[19])
	|(inst_cellmath__34_0_in0[20])
	|(inst_cellmath__34_0_in0[21])
	|(inst_cellmath__34_0_in0[22]);
endmodule

module cynw_cm_float_mul_ieee_inst_cellmath__44__29__bdw2834615920_bdw (
	inst_cellmath__44__29__out0,
	inst_cellmath__44__29__in0,
	inst_cellmath__44__29__in1
	); /* architecture "behavioural" */ 
output [0:0] inst_cellmath__44__29__out0;
input  inst_cellmath__44__29__in0;
input [24:24] inst_cellmath__44__29__in1;

assign inst_cellmath__44__29__out0 = 
	(inst_cellmath__44__29__in0)
	|(inst_cellmath__44__29__in1);
endmodule

module cynw_cm_float_mul_ieee_inst_cellmath__44__28__bdw2834615920_bdw (
	inst_cellmath__44__28__out0,
	inst_cellmath__44__28__in0,
	inst_cellmath__44__28__in1
	); /* architecture "behavioural" */ 
output [0:0] inst_cellmath__44__28__out0;
input [0:0] inst_cellmath__44__28__in0;
input  inst_cellmath__44__28__in1;

assign inst_cellmath__44__28__out0 = 
	(inst_cellmath__44__28__in1)
	&(inst_cellmath__44__28__in0);
endmodule

module cynw_cm_float_mul_ieee_inst_cellmath__44__27__bdw2834615920_bdw (
	inst_cellmath__44__27__out0,
	inst_cellmath__44__27__in0,
	inst_cellmath__44__27__in1,
	inst_cellmath__44__27__in2,
	inst_cellmath__44__27__in3
	); /* architecture "behavioural" */ 
output [0:0] inst_cellmath__44__27__out0;
input  inst_cellmath__44__27__in0;
input [0:0] inst_cellmath__44__27__in1,
	inst_cellmath__44__27__in2,
	inst_cellmath__44__27__in3;

assign inst_cellmath__44__27__out0 = 
	(inst_cellmath__44__27__in1)
	|(inst_cellmath__44__27__in2)
	|(inst_cellmath__44__27__in0)
	|(inst_cellmath__44__27__in3);
endmodule

module cynw_cm_float_mul_ieee_inst_cellmath__44__26__bdw2834615920_bdw (
	inst_cellmath__44__26__out0,
	inst_cellmath__44__26__in0,
	inst_cellmath__44__26__in1
	); /* architecture "behavioural" */ 
output [0:0] inst_cellmath__44__26__out0;
input [0:0] inst_cellmath__44__26__in0;
input [23:23] inst_cellmath__44__26__in1;

assign inst_cellmath__44__26__out0 = 
	(inst_cellmath__44__26__in1)
	&(inst_cellmath__44__26__in0);
endmodule

module cynw_cm_float_mul_ieee_inst_cellmath__44__33__bdw2834615920_bdw (
	inst_cellmath__44__33__out0,
	inst_cellmath__44__33__in0,
	inst_cellmath__44__33__in1
	); /* architecture "behavioural" */ 
output [0:0] inst_cellmath__44__33__out0;
input [0:0] inst_cellmath__44__33__in0,
	inst_cellmath__44__33__in1;

assign inst_cellmath__44__33__out0 = 
	(inst_cellmath__44__33__in1)
	|(inst_cellmath__44__33__in0);
endmodule

module cynw_cm_float_mul_ieee_inst_cellmath__44__32__bdw2834615920_bdw (
	inst_cellmath__44__32__out0,
	inst_cellmath__44__32__in0,
	inst_cellmath__44__32__in1
	); /* architecture "behavioural" */ 
output [0:0] inst_cellmath__44__32__out0;
input [0:0] inst_cellmath__44__32__in0;
input  inst_cellmath__44__32__in1;

assign inst_cellmath__44__32__out0 = 
	(inst_cellmath__44__32__in1)
	&(inst_cellmath__44__32__in0);
endmodule

module cynw_cm_float_mul_ieee_inst_cellmath__44_0_bdw2834615920_bdw (
	inst_cellmath__44_0_out0,
	inst_cellmath__44_0_in0,
	inst_cellmath__44_0_in1
	); /* architecture "behavioural" */ 
output  inst_cellmath__44_0_out0;
input [0:0] inst_cellmath__44_0_in0,
	inst_cellmath__44_0_in1;

assign inst_cellmath__44_0_out0 = 
	(inst_cellmath__44_0_in1)
	|(inst_cellmath__44_0_in0);
endmodule

module cynw_cm_float_mul_ieee_inst_cellmath__46_0_bdw2834615920_bdw (
	inst_cellmath__46_0_out0,
	inst_cellmath__46_0_in0,
	inst_cellmath__46_0_in1
	); /* architecture "behavioural" */ 
output  inst_cellmath__46_0_out0;
input [24:24] inst_cellmath__46_0_in0;
input  inst_cellmath__46_0_in1;

assign inst_cellmath__46_0_out0 = 
	(inst_cellmath__46_0_in0)
	&(inst_cellmath__46_0_in1);
endmodule

module cynw_cm_float_mul_ieee_inst_cellmath__38_0_bdw2834615920_bdw (
	inst_cellmath__38_0_out0,
	inst_cellmath__38_0_in0,
	inst_cellmath__38_0_in1
	); /* architecture "behavioural" */ 
output  inst_cellmath__38_0_out0;
input  inst_cellmath__38_0_in0;
input [47:47] inst_cellmath__38_0_in1;

assign inst_cellmath__38_0_out0 = 
	(inst_cellmath__38_0_in1)
	|(inst_cellmath__38_0_in0);
endmodule

module cynw_cm_float_mul_ieee_inst_cellmath__30_0_bdw2834615920_bdw (
	inst_cellmath__30_0_out0,
	inst_cellmath__30_0_in0,
	inst_cellmath__30_0_in1
	); /* architecture "behavioural" */ 
output [9:0] inst_cellmath__30_0_out0;
input [7:0] inst_cellmath__30_0_in0,
	inst_cellmath__30_0_in1;

wire [9:0] inst_cellmath__30_0_out0_tmp_0;
assign inst_cellmath__30_0_out0_tmp_0 = 
	+(inst_cellmath__30_0_in1)
	+(inst_cellmath__30_0_in0);
assign inst_cellmath__30_0_out0 = inst_cellmath__30_0_out0_tmp_0
	-(10'B0001111111);
endmodule

module cynw_cm_float_mul_ieee_inst_cellmath__31_0_bdw2834615920_bdw (
	inst_cellmath__31_0_out0,
	inst_cellmath__31_0_in0
	); /* architecture "behavioural" */ 
output [9:0] inst_cellmath__31_0_out0;
input [9:0] inst_cellmath__31_0_in0;

assign inst_cellmath__31_0_out0 = 
	+(inst_cellmath__31_0_in0)
	+(10'B0000000001);
endmodule

module cynw_cm_float_mul_ieee_inst_cellmath__48_0_bdw2834615920_bdw (
	inst_cellmath__48_0_out0,
	inst_cellmath__48_0_in0,
	inst_cellmath__48_0_in1,
	inst_cellmath__48_0_in2
	); /* architecture "behavioural" */ 
output [9:0] inst_cellmath__48_0_out0;
input  inst_cellmath__48_0_in0;
input [9:0] inst_cellmath__48_0_in1,
	inst_cellmath__48_0_in2;

reg [9:0] inst_cellmath__48_0_out0_tmp_0;
assign inst_cellmath__48_0_out0 = inst_cellmath__48_0_out0_tmp_0;
always @ (inst_cellmath__48_0_in0 or inst_cellmath__48_0_in2 or inst_cellmath__48_0_in1) begin
	case (inst_cellmath__48_0_in0)
		1'B0 : inst_cellmath__48_0_out0_tmp_0 = inst_cellmath__48_0_in2 ;
		default : inst_cellmath__48_0_out0_tmp_0 = inst_cellmath__48_0_in1 ;
	endcase
end
endmodule

module cynw_cm_float_mul_ieee_inst_cellmath__51__49__bdw2834615920_bdw (
	inst_cellmath__51__49__out0,
	inst_cellmath__51__49__in0
	); /* architecture "behavioural" */ 
output [0:0] inst_cellmath__51__49__out0;
input [7:0] inst_cellmath__51__49__in0;

assign inst_cellmath__51__49__out0 = 
	(inst_cellmath__51__49__in0[0])
	&(inst_cellmath__51__49__in0[1])
	&(inst_cellmath__51__49__in0[2])
	&(inst_cellmath__51__49__in0[3])
	&(inst_cellmath__51__49__in0[4])
	&(inst_cellmath__51__49__in0[5])
	&(inst_cellmath__51__49__in0[6])
	&(inst_cellmath__51__49__in0[7]);
endmodule

module cynw_cm_float_mul_ieee_inst_cellmath__51__48__bdw2834615920_bdw (
	inst_cellmath__51__48__out0,
	inst_cellmath__51__48__in0,
	inst_cellmath__51__48__in1
	); /* architecture "behavioural" */ 
output [0:0] inst_cellmath__51__48__out0;
input [0:0] inst_cellmath__51__48__in0;
input [8:8] inst_cellmath__51__48__in1;

assign inst_cellmath__51__48__out0 = 
	(inst_cellmath__51__48__in1)
	|(inst_cellmath__51__48__in0);
endmodule

module cynw_cm_float_mul_ieee_inst_cellmath__51_0_bdw2834615920_bdw (
	inst_cellmath__51_0_out0,
	inst_cellmath__51_0_in0,
	inst_cellmath__51_0_in1
	); /* architecture "behavioural" */ 
output  inst_cellmath__51_0_out0;
input [0:0] inst_cellmath__51_0_in0;
input [9:9] inst_cellmath__51_0_in1;

assign inst_cellmath__51_0_out0 = 
	((~inst_cellmath__51_0_in1))
	&(inst_cellmath__51_0_in0);
endmodule

module cynw_cm_float_mul_ieee_inst_cellmath__28_0_bdw2834615920_bdw (
	inst_cellmath__28_0_out0,
	inst_cellmath__28_0_in0,
	inst_cellmath__28_0_in1
	); /* architecture "behavioural" */ 
output  inst_cellmath__28_0_out0;
input  inst_cellmath__28_0_in0,
	inst_cellmath__28_0_in1;

assign inst_cellmath__28_0_out0 = 
	(inst_cellmath__28_0_in1)
	|(inst_cellmath__28_0_in0);
endmodule

module cynw_cm_float_mul_ieee_inst_cellmath__27_0_bdw2834615920_bdw (
	inst_cellmath__27_0_out0,
	inst_cellmath__27_0_in0,
	inst_cellmath__27_0_in1
	); /* architecture "behavioural" */ 
output  inst_cellmath__27_0_out0;
input  inst_cellmath__27_0_in0,
	inst_cellmath__27_0_in1;

assign inst_cellmath__27_0_out0 = 
	(inst_cellmath__27_0_in1)
	|(inst_cellmath__27_0_in0);
endmodule

module cynw_cm_float_mul_ieee_inst_cellmath__50__50__bdw2834615920_bdw (
	inst_cellmath__50__50__out0,
	inst_cellmath__50__50__in0
	); /* architecture "behavioural" */ 
output [0:0] inst_cellmath__50__50__out0;
input [9:0] inst_cellmath__50__50__in0;

assign inst_cellmath__50__50__out0 = 
	(inst_cellmath__50__50__in0[0])
	|(inst_cellmath__50__50__in0[1])
	|(inst_cellmath__50__50__in0[2])
	|(inst_cellmath__50__50__in0[3])
	|(inst_cellmath__50__50__in0[4])
	|(inst_cellmath__50__50__in0[5])
	|(inst_cellmath__50__50__in0[6])
	|(inst_cellmath__50__50__in0[7])
	|(inst_cellmath__50__50__in0[8])
	|(inst_cellmath__50__50__in0[9]);
endmodule

module cynw_cm_float_mul_ieee_inst_cellmath__49_1_bdw2834615920_bdw (
	inst_cellmath__49_1_out0,
	inst_cellmath__49_1_in0,
	inst_cellmath__49_1_in1,
	inst_cellmath__49_1_in2,
	inst_cellmath__49_1_in3,
	inst_cellmath__49_1_in4,
	inst_cellmath__49_1_in5
	); /* architecture "behavioural" */ 
output  inst_cellmath__49_1_out0;
input  inst_cellmath__49_1_in0;
input [0:0] inst_cellmath__49_1_in1;
input [9:9] inst_cellmath__49_1_in2;
input  inst_cellmath__49_1_in3,
	inst_cellmath__49_1_in4,
	inst_cellmath__49_1_in5;

assign inst_cellmath__49_1_out0 = 
	(inst_cellmath__49_1_in0)
	|(inst_cellmath__49_1_in3)
	|(inst_cellmath__49_1_in5)
	|(inst_cellmath__49_1_in4)
	|(inst_cellmath__49_1_in2)
	|((~inst_cellmath__49_1_in1));
endmodule

module cynw_cm_float_mul_ieee_inst_cellmath__37__43__bdw2834615920_bdw (
	inst_cellmath__37__43__out0,
	inst_cellmath__37__43__in0,
	inst_cellmath__37__43__in1
	); /* architecture "behavioural" */ 
output [0:0] inst_cellmath__37__43__out0;
input  inst_cellmath__37__43__in0,
	inst_cellmath__37__43__in1;

assign inst_cellmath__37__43__out0 = 
	(inst_cellmath__37__43__in1)
	|(inst_cellmath__37__43__in0);
endmodule

module cynw_cm_float_mul_ieee_inst_cellmath__32__11__bdw2834615920_bdw (
	inst_cellmath__32__11__out0,
	inst_cellmath__32__11__in0
	); /* architecture "behavioural" */ 
output [0:0] inst_cellmath__32__11__out0;
input [8:7] inst_cellmath__32__11__in0;

assign inst_cellmath__32__11__out0 = 
	(inst_cellmath__32__11__in0[7])
	|(inst_cellmath__32__11__in0[8]);
endmodule

module cynw_cm_float_mul_ieee_inst_cellmath__32__10__bdw2834615920_bdw (
	inst_cellmath__32__10__out0,
	inst_cellmath__32__10__in0,
	inst_cellmath__32__10__in1
	); /* architecture "behavioural" */ 
output  inst_cellmath__32__10__out0;
input [0:0] inst_cellmath__32__10__in0;
input [9:9] inst_cellmath__32__10__in1;

assign inst_cellmath__32__10__out0 = ~(
	((~inst_cellmath__32__10__in1))
	&(inst_cellmath__32__10__in0));
endmodule

module cynw_cm_float_mul_ieee_inst_cellmath__37__42__bdw2834615920_bdw (
	inst_cellmath__37__42__out0,
	inst_cellmath__37__42__in0,
	inst_cellmath__37__42__in1
	); /* architecture "behavioural" */ 
output [0:0] inst_cellmath__37__42__out0;
input  inst_cellmath__37__42__in0,
	inst_cellmath__37__42__in1;

assign inst_cellmath__37__42__out0 = 
	(inst_cellmath__37__42__in1)
	|(inst_cellmath__37__42__in0);
endmodule

module cynw_cm_float_mul_ieee_inst_cellmath__7_0_bdw2834615920_bdw (
	inst_cellmath__7_0_out0,
	inst_cellmath__7_0_in0
	); /* architecture "behavioural" */ 
output  inst_cellmath__7_0_out0;
input [2:0] inst_cellmath__7_0_in0;

assign inst_cellmath__7_0_out0 = (7'B0000010==(inst_cellmath__7_0_in0 - 7'B0000001));
endmodule

module cynw_cm_float_mul_ieee_inst_cellmath__42_0_bdw2834615920_bdw (
	inst_cellmath__42_0_out0,
	inst_cellmath__42_0_in0,
	inst_cellmath__42_0_in1,
	inst_cellmath__42_0_in2,
	inst_cellmath__42_0_in3
	); /* architecture "behavioural" */ 
output  inst_cellmath__42_0_out0;
input  inst_cellmath__42_0_in0,
	inst_cellmath__42_0_in1,
	inst_cellmath__42_0_in2,
	inst_cellmath__42_0_in3;
wire [1:0] inst_cellmath__5_0;

assign inst_cellmath__5_0 = {inst_cellmath__42_0_in2,inst_cellmath__42_0_in1};

reg [0:0] inst_cellmath__42_0_out0_tmp_0;
assign inst_cellmath__42_0_out0 = inst_cellmath__42_0_out0_tmp_0;
always @ (inst_cellmath__5_0 or inst_cellmath__42_0_in0 or inst_cellmath__42_0_in3) begin
	casez (inst_cellmath__5_0)
		2'B00 : inst_cellmath__42_0_out0_tmp_0 = ~inst_cellmath__42_0_in0 ;
		2'B01 : inst_cellmath__42_0_out0_tmp_0 = inst_cellmath__42_0_in3 ;
		default : inst_cellmath__42_0_out0_tmp_0 = ~inst_cellmath__42_0_in3 ;
	endcase
end
endmodule

module cynw_cm_float_mul_ieee_inst_cellmath__52_0_bdw2834615920_bdw (
	inst_cellmath__52_0_out0,
	inst_cellmath__52_0_in0,
	inst_cellmath__52_0_in1,
	inst_cellmath__52_0_in2,
	inst_cellmath__52_0_in3,
	inst_cellmath__52_0_in4
	); /* architecture "behavioural" */ 
output [7:0] inst_cellmath__52_0_out0;
input  inst_cellmath__52_0_in0;
input [7:0] inst_cellmath__52_0_in1;
input  inst_cellmath__52_0_in2;
input [0:0] inst_cellmath__52_0_in3,
	inst_cellmath__52_0_in4;
wire [2:0] inst_cellmath__49_0;
wire [8:0] inst_cellmath__37__40;

assign inst_cellmath__49_0 = {inst_cellmath__52_0_in0,inst_cellmath__52_0_in3,inst_cellmath__52_0_in4};

assign inst_cellmath__37__40[7:0] = {7'B1111111,inst_cellmath__52_0_in2};

reg [7:0] inst_cellmath__52_0_out0_tmp_0;
assign inst_cellmath__52_0_out0 = inst_cellmath__52_0_out0_tmp_0;
always @ (inst_cellmath__49_0 or inst_cellmath__52_0_in1 or inst_cellmath__37__40[7:0]) begin
	casez (inst_cellmath__49_0)
		3'B0?? : inst_cellmath__52_0_out0_tmp_0 = inst_cellmath__52_0_in1 ;
		3'B100 : inst_cellmath__52_0_out0_tmp_0 = inst_cellmath__37__40[7:0] ;
		3'B11? : inst_cellmath__52_0_out0_tmp_0 = 8'B11111111 ;
		default : inst_cellmath__52_0_out0_tmp_0 = {8{1'b0}} ;
	endcase
end
endmodule

module cynw_cm_float_mul_ieee_inst_cellmath__47_0_bdw2834615920_bdw (
	inst_cellmath__47_0_out0,
	inst_cellmath__47_0_in0,
	inst_cellmath__47_0_in1,
	inst_cellmath__47_0_in2,
	inst_cellmath__47_0_in3,
	inst_cellmath__47_0_in4
	); /* architecture "behavioural" */ 
output  inst_cellmath__47_0_out0;
input  inst_cellmath__47_0_in0,
	inst_cellmath__47_0_in1,
	inst_cellmath__47_0_in2,
	inst_cellmath__47_0_in3,
	inst_cellmath__47_0_in4;

assign inst_cellmath__47_0_out0 = 
	((~inst_cellmath__47_0_in0))
	&((~inst_cellmath__47_0_in1))
	&((~inst_cellmath__47_0_in2))
	&((~inst_cellmath__47_0_in4))
	&((~inst_cellmath__47_0_in3));
endmodule

module cynw_cm_float_mul_ieee_inst_cellmath__53_U_bdw2834615920_bdw (
	inst_cellmath__53_U_out0,
	inst_cellmath__53_U_in0,
	inst_cellmath__53_U_in1,
	inst_cellmath__53_U_in2,
	inst_cellmath__53_U_in3,
	inst_cellmath__53_U_in4,
	inst_cellmath__53_U_in5
	); /* architecture "behavioural" */ 
output [22:22] inst_cellmath__53_U_out0;
input  inst_cellmath__53_U_in0,
	inst_cellmath__53_U_in1;
input [22:22] inst_cellmath__53_U_in2;
input  inst_cellmath__53_U_in3,
	inst_cellmath__53_U_in4;
input [46:46] inst_cellmath__53_U_in5;
wire [2:0] inst_cellmath__49_1_1;

assign inst_cellmath__49_1_1 = {inst_cellmath__53_U_in0,inst_cellmath__53_U_in3,inst_cellmath__53_U_in4};

reg [0:0] inst_cellmath__53_U_out0_tmp_0;
assign inst_cellmath__53_U_out0 = inst_cellmath__53_U_out0_tmp_0;
always @ (inst_cellmath__49_1_1 or inst_cellmath__53_U_in5 or inst_cellmath__53_U_in2 or inst_cellmath__53_U_in1) begin
	casez (inst_cellmath__49_1_1)
		3'B00? : inst_cellmath__53_U_out0_tmp_0 = inst_cellmath__53_U_in5 ;
		3'B01? : inst_cellmath__53_U_out0_tmp_0 = inst_cellmath__53_U_in2 ;
		3'B1?0 : inst_cellmath__53_U_out0_tmp_0 = inst_cellmath__53_U_in1 ;
		default : inst_cellmath__53_U_out0_tmp_0 = 1'B1 ;
	endcase
end
endmodule

module cynw_cm_float_mul_ieee_inst_cellmath__53_M_bdw2834615920_bdw (
	inst_cellmath__53_M_out0,
	inst_cellmath__53_M_in0,
	inst_cellmath__53_M_in1,
	inst_cellmath__53_M_in2,
	inst_cellmath__53_M_in3,
	inst_cellmath__53_M_in4,
	inst_cellmath__53_M_in5,
	inst_cellmath__53_M_in6,
	inst_cellmath__53_M_in7,
	inst_cellmath__53_M_in8,
	inst_cellmath__53_M_in9
	); /* architecture "behavioural" */ 
output [21:0] inst_cellmath__53_M_out0;
input  inst_cellmath__53_M_in0,
	inst_cellmath__53_M_in1;
input [21:0] inst_cellmath__53_M_in2;
input  inst_cellmath__53_M_in3,
	inst_cellmath__53_M_in4;
input [45:24] inst_cellmath__53_M_in5;
input  inst_cellmath__53_M_in6,
	inst_cellmath__53_M_in7;
input [21:0] inst_cellmath__53_M_in8,
	inst_cellmath__53_M_in9;
wire [4:0] inst_cellmath__49_1_0;

assign inst_cellmath__49_1_0 = {inst_cellmath__53_M_in0,inst_cellmath__53_M_in3,inst_cellmath__53_M_in4,inst_cellmath__53_M_in7,inst_cellmath__53_M_in6};

reg [21:0] inst_cellmath__53_M_out0_tmp_0;
assign inst_cellmath__53_M_out0 = inst_cellmath__53_M_out0_tmp_0;
always @ (inst_cellmath__49_1_0 or inst_cellmath__53_M_in5 or inst_cellmath__53_M_in2 or inst_cellmath__53_M_in1 or inst_cellmath__53_M_in8 or inst_cellmath__53_M_in9) begin
	casez (inst_cellmath__49_1_0)
		5'B00??? : inst_cellmath__53_M_out0_tmp_0 = inst_cellmath__53_M_in5 ;
		5'B01??? : inst_cellmath__53_M_out0_tmp_0 = inst_cellmath__53_M_in2 ;
		5'B1?0?? : inst_cellmath__53_M_out0_tmp_0 = {{21{inst_cellmath__53_M_in1}}, inst_cellmath__53_M_in1} ;
		5'B1?101 : inst_cellmath__53_M_out0_tmp_0 = inst_cellmath__53_M_in8 ;
		5'B1?11? : inst_cellmath__53_M_out0_tmp_0 = inst_cellmath__53_M_in9 ;
		default : inst_cellmath__53_M_out0_tmp_0 = {22{1'b0}} ;
	endcase
end
endmodule

/* CADENCE  v7nzTwvfog== : u9/ySgnWtBlWxVPRXgAZ4Og= ** DO NOT EDIT THIS LINE **/